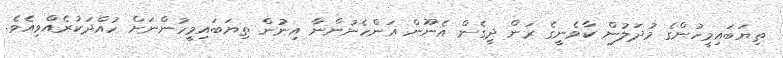
ތިޔަބައިމީހުންގެ މުދަލުން ކާވެނީގެ ރަން ދީގެން އެނޫން އަންހެނުންނާ އިނުން ތިޔަބައިމީހުންނަށް ހުއްދަކުރެއްވިއެވެ.